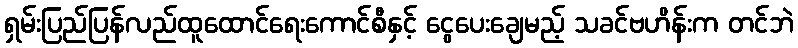
ရှမ်းပြည်ပြန်လည်ထူထောင်ရေးကောင်စီနှင့် ငွေပေးချေမည့် သခင်ဗဟိန်းက တင်ဘဲ